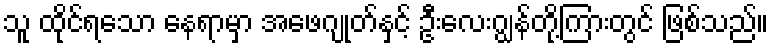
သူ ထိုင်ရသော နေရာမှာ အဖေဂျုတ်နှင့် ဦးလေးဂျွန်တို့ကြားတွင် ဖြစ်သည်။